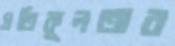
প্রতিকূলতার